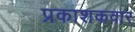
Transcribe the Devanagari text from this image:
प्रकाशकवार